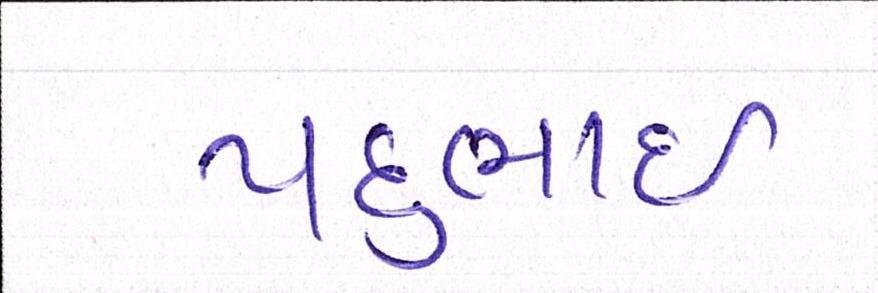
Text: પદુભાઈ